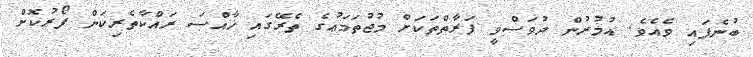
ބުނެފައި ވެއެވެ. އުމުރުން ދުވަސްވީ ފަރާތްތަކަށް މުޖުތަމަޢުގެ ތެރޭގައި ޚާއްސަ ރައްކާތެރިކަން ފޯރުކޮށް